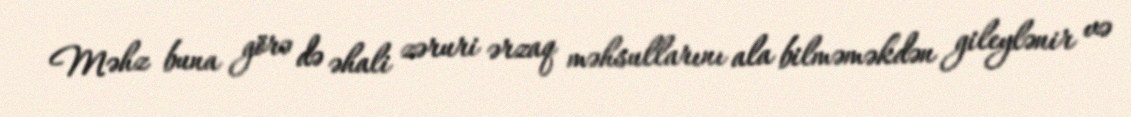
Məhz buna görə də əhali zəruri ərzaq məhsullarını ala bilməməkdən gileylənir və